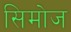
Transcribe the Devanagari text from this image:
सिमोज